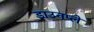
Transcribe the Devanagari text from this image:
डाउनप्ले